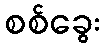
စစ်ခွေး